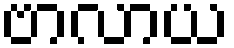
ဗာလာယ